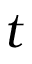
t